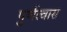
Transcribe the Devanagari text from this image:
पुर्णत्‍वास